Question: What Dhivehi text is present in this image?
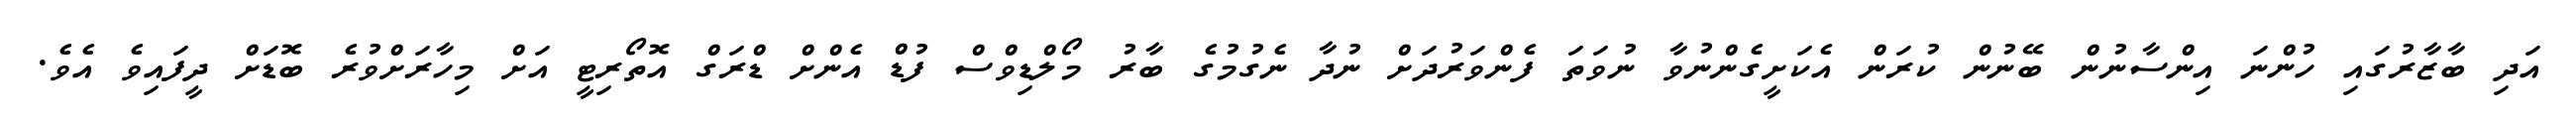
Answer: އަދި ބާޒާރުގައި ހުންނަ އިންސާނުން ބޭނުން ކުރަން އެކަށީގެންނުވާ ނުވަތަ ފެންވަރުދަށް ނުދާ ނެގުމުގެ ބާރު މޯލްޑިވްސް ފުޑް އެންށް ޑްރަގް އޮތޯރިޓީ އަށް މިހާރަށްވުރެ ބޮޑަށް ދީފައިވެ އެވެ.